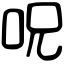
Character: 呪